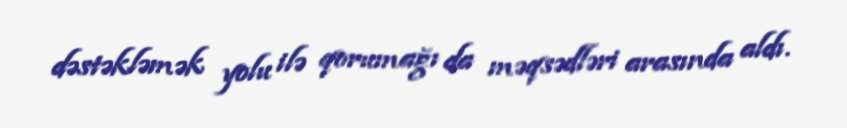
dəstəkləmək yolu ilə qorumağı da məqsədləri arasında aldı.